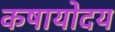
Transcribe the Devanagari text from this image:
कषायोदय